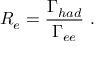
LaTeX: R _ { e } = \frac { \Gamma _ { h a d } } { \Gamma _ { e e } } \ .